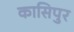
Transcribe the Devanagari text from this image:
कासिपुर